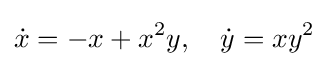
{\dot {x}}=-x+x^{2}y,\quad {\dot {y}}=xy^{2}